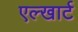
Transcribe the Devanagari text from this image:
एल्खार्ट